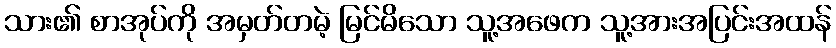
သား၏ စာအုပ်ကို အမှတ်တမဲ့ မြင်မိသော သူ့အဖေက သူ့အားအပြင်းအထန်